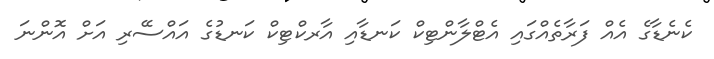
ކެނެޑާގެ އެއް ފަރާތެއްގައި އެޓްލާންޓިކް ކަނޑާއި އާރކްޓިކް ކަނޑުގެ އައްސޭރި އަށް އޮންނަ